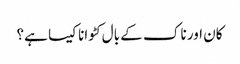
کان اور ناک کے بال کٹوانا کیسا ہے؟